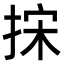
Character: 㧲